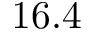
1 6 . 4